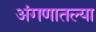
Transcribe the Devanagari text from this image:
अंगणातल्या